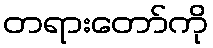
တရားတော်ကို